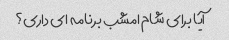
آیا برای شام امشب برنامه ای داری؟